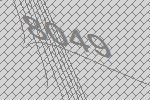
8049